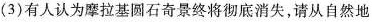
(3)有人认为摩拉基圆石奇景终将彻底消失，请从自然地